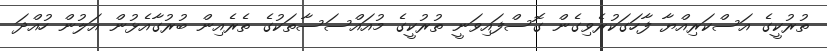
ތުރުކީގެ އަސްކަރިއްޔާ ފާހަގަކުރެވިގެން ގޮސްފައިވަނީ ތުރުކީގެ މުއައްސަސާތަކުގެ ތެރެއިން ބުރުގާއެޅުން އަލުން ހުއްދަ